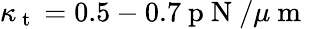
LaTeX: \kappa_{\mathrm{~t~}}=0.5-0.7\mathrm{~p~N~}/\mu\mathrm{~m~}